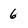
Character: 6